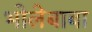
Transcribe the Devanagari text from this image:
भोलेबाबा